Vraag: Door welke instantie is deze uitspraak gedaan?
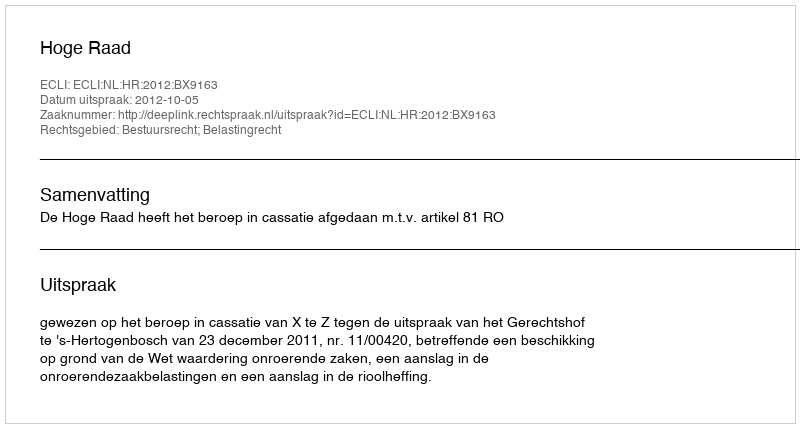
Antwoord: Hoge Raad